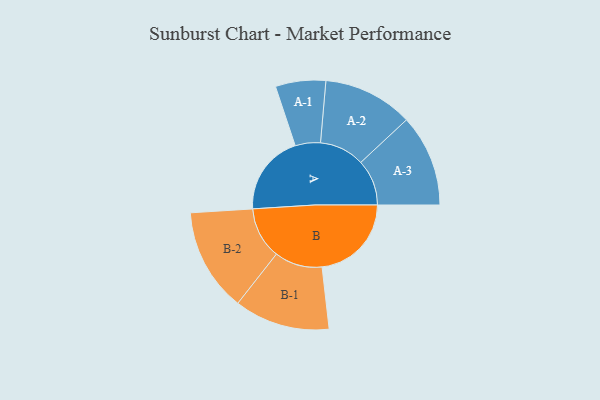
{"axis": {"x": "Segment", "y": "Value"}, "legend": ["", "A", "B"], "data": [{"x": "A", "y": 397, "type": ""}, {"x": "B", "y": 441, "type": ""}, {"x": "A-1", "y": 124, "type": "A"}, {"x": "A-2", "y": 222, "type": "A"}, {"x": "A-3", "y": 227, "type": "A"}, {"x": "B-1", "y": 236, "type": "B"}, {"x": "B-2", "y": 255, "type": "B"}]}